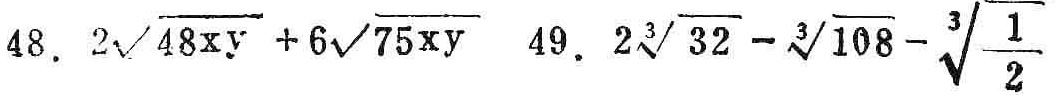
48. \(2\sqrt{48xy}+6\sqrt{75xy}\) 49. \(2\sqrt[3]{32}-\sqrt[3]{108}-\sqrt[3]{\frac{1}{2}}\)